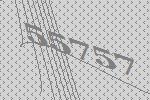
55757